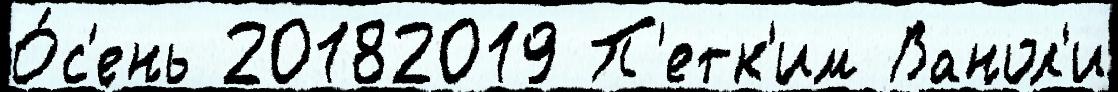
О́с'ень 20182019 П'етк'им Ванол'и